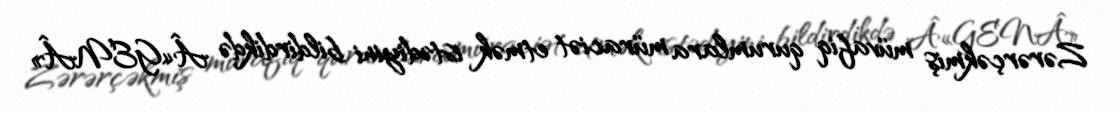
Zərərçəkmiş müvafiq qurumlara müraciət etmək istədiyini bildirdikdə Â«GENÂ»